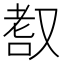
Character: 𦒺